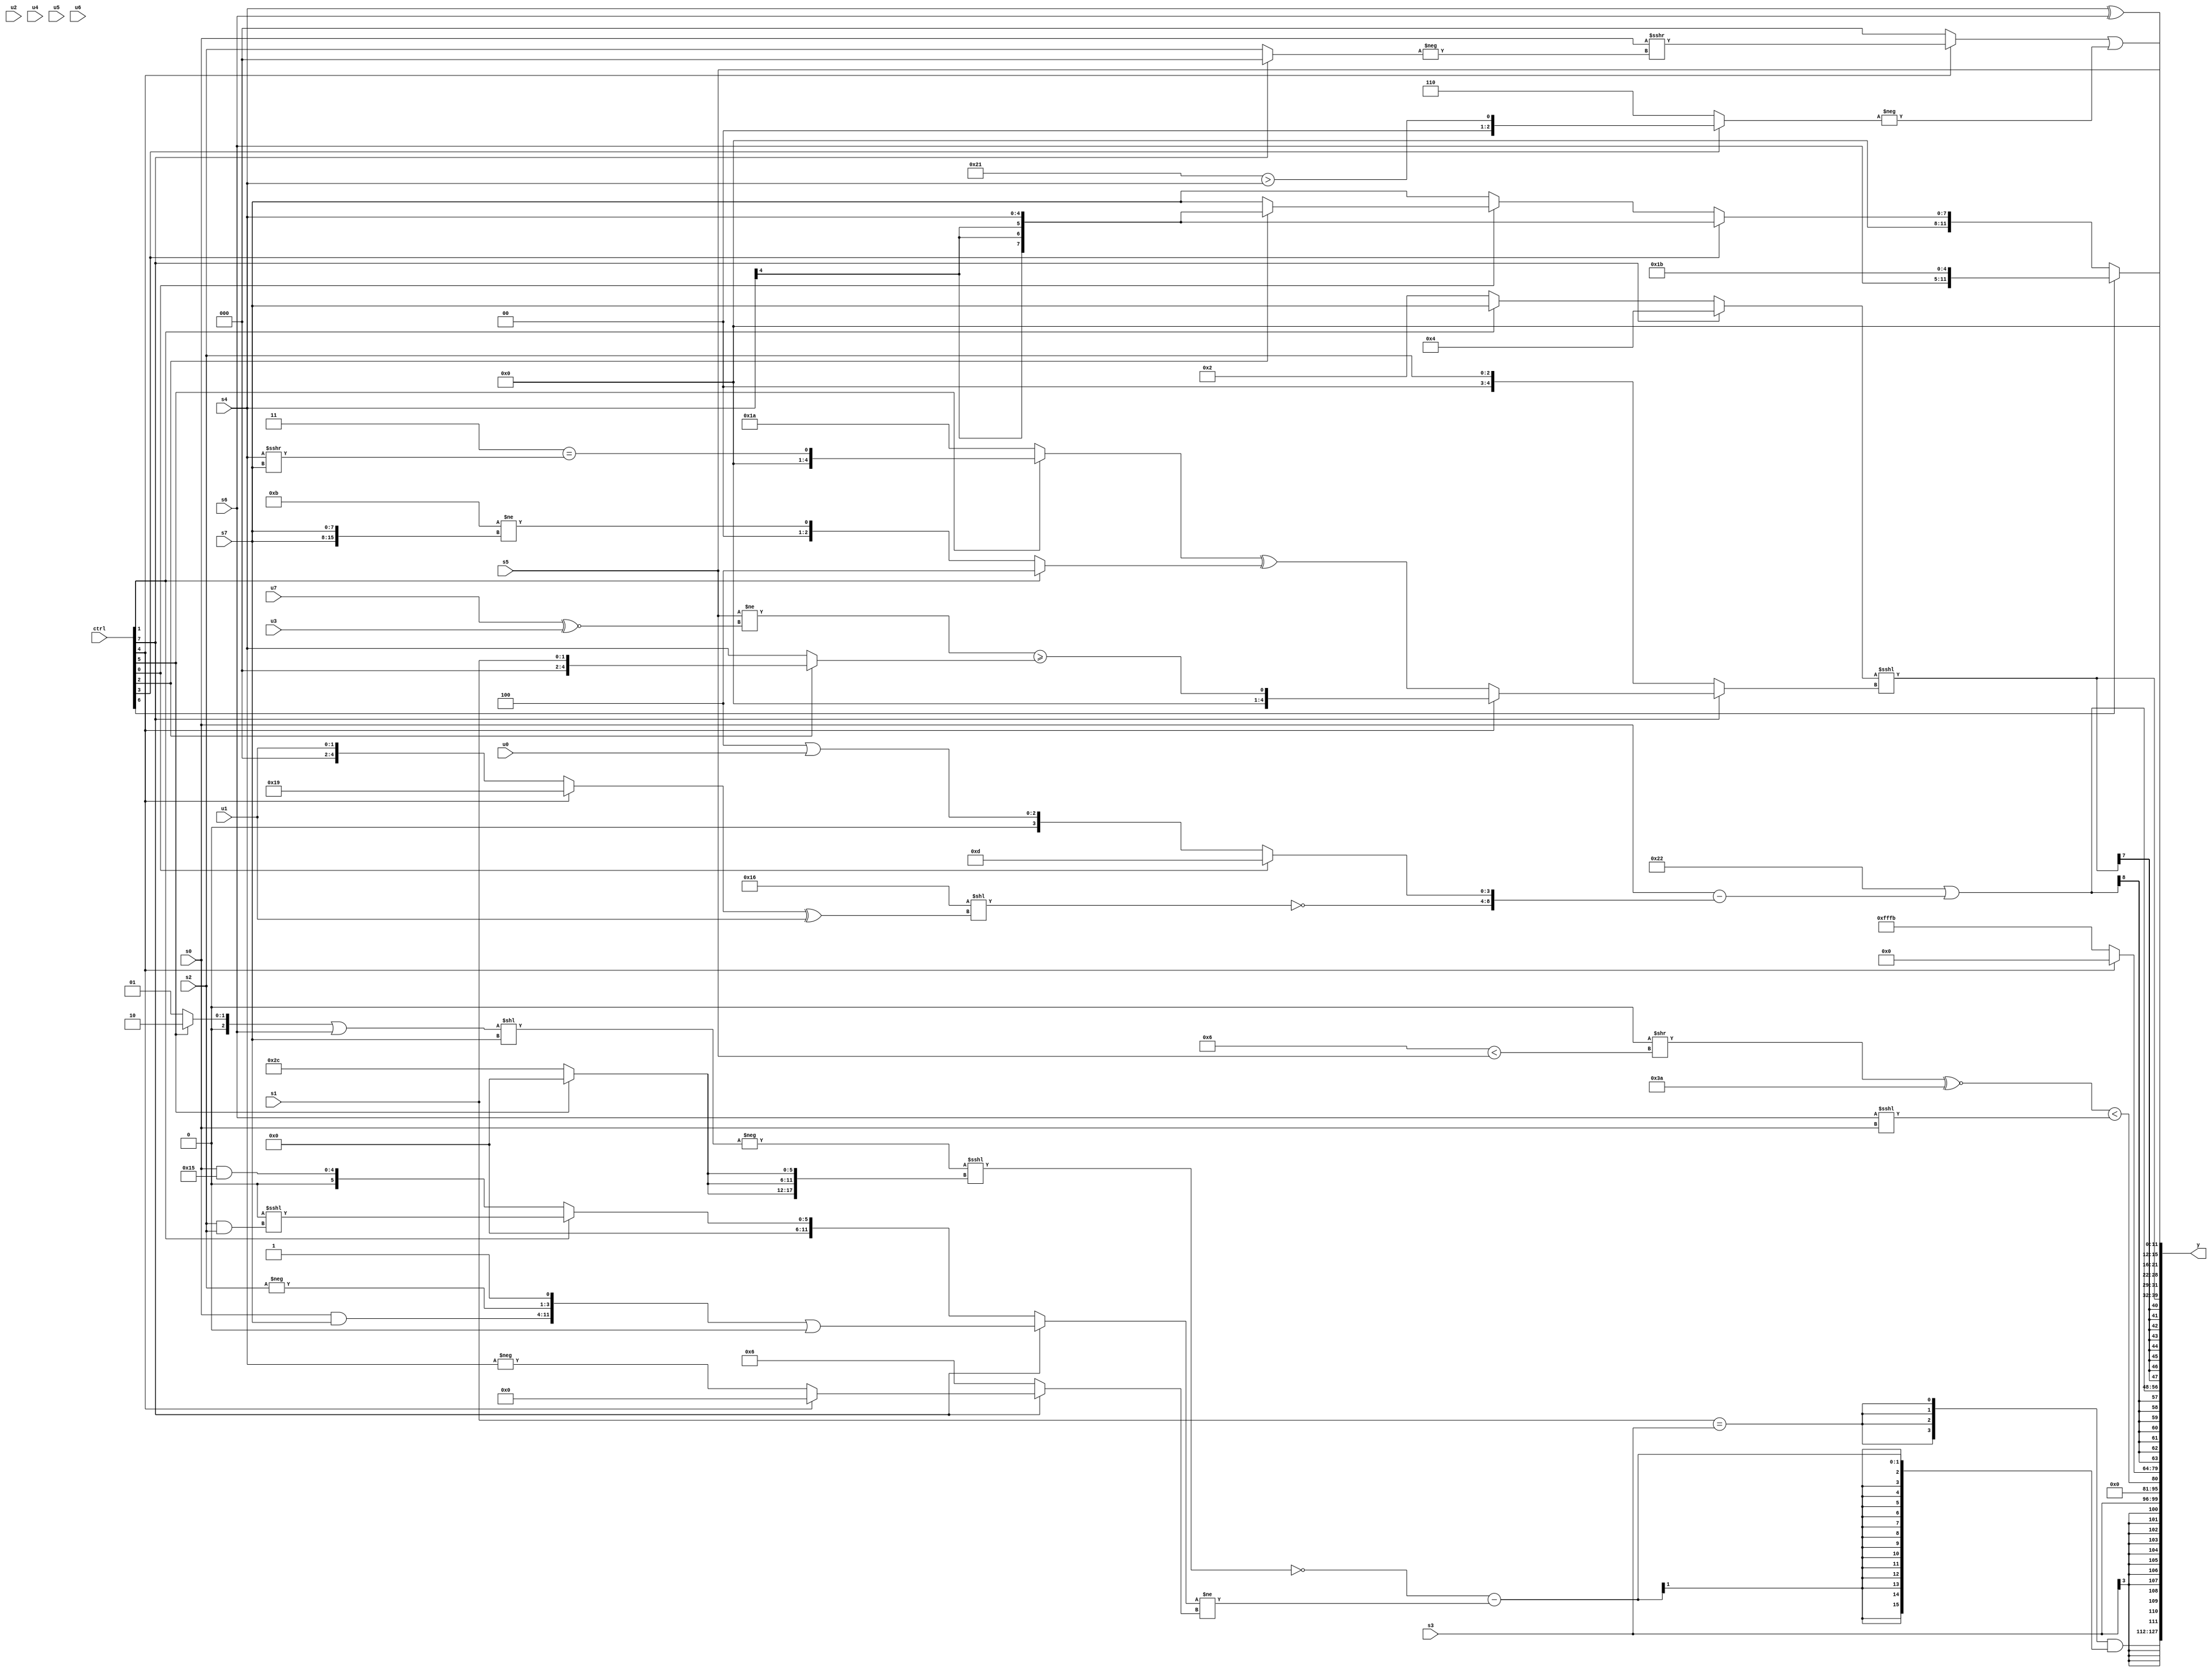
module wideexpr_00248(ctrl, u0, u1, u2, u3, u4, u5, u6, u7, s0, s1, s2, s3, s4, s5, s6, s7, y);
  input [7:0] ctrl;
  input [0:0] u0;
  input [1:0] u1;
  input [2:0] u2;
  input [3:0] u3;
  input [4:0] u4;
  input [5:0] u5;
  input [6:0] u6;
  input [7:0] u7;
  input signed [0:0] s0;
  input signed [1:0] s1;
  input signed [2:0] s2;
  input signed [3:0] s3;
  input signed [4:0] s4;
  input signed [5:0] s5;
  input signed [6:0] s6;
  input signed [7:0] s7;
  output [127:0] y;
  wire [15:0] y0;
  wire [15:0] y1;
  wire [15:0] y2;
  wire [15:0] y3;
  wire [15:0] y4;
  wire [15:0] y5;
  wire [15:0] y6;
  wire [15:0] y7;
  assign y = {y0,y1,y2,y3,y4,y5,y6,y7};
  assign y0 = ({4{($signed(s1))==($signed(s3))}})&((!((-((((ctrl[5]?6'sb000010:3'sb001))|((s6)<<(6'sb000000)))<<(s7)))<<<({1{{3{(ctrl[5]?(s3)>>(4'b0111):6'sb101100)}}}})))-(((ctrl[7]?$unsigned(({(s0)&(s7),-(s2),1'sb1})|(~|((2'sb10)^~(5'sb11110)))):$unsigned((ctrl[1]?(1'sb0)<<<((s2)&(s2)):$signed((s0)&(6'b010101))))))!=((ctrl[7]?{(ctrl[4]?(s1)<<(5'sb11101):-(s4))}:3'b110))));
  assign y1 = s3;
  assign y2 = (((+(((s5)<<(s4))<<(6'sb101100)))>>((4'sb0110)<(s5)))^~((6'sb011101)<<<(1'b1)))<((s6)<<<(s0));
  assign y3 = (ctrl[4]?(2'sb00)<<<(5'sb01010):$signed(4'sb1011));
  assign y4 = (6'sb100010)|($signed((s0)-($signed({~((5'sb10110)<<(((ctrl[4]?5'b11001:u1))^(u1))),{(ctrl[0]?4'sb1101:+((4'sb0100)|(u0)))}}))));
  assign y5 = $signed(((ctrl[7]?(3'sb011)+((ctrl[6]?6'sb000001:+($unsigned(|(2'sb10))))):(ctrl[1]?s7:3'sb010)))<<<((ctrl[7]?(ctrl[4]?{(($signed(s5))!=((u7)^~(u3)))>=((ctrl[2]?s1:{s4}))}:((ctrl[5]?(3'b011)==((s4)>>>(s7)):5'b11010))^((ctrl[1]?3'b100:({6'b001011})!=({s7,s7})))):s2)));
  assign y6 = {s4,5'b11001,($signed((ctrl[4]?(s0)>>>(-((ctrl[7]?2'sb00:s2))):((s4)>>(5'b11001))>>(2'sb10))))|($signed({3{-((ctrl[3]?(6'sb100001)>(s4):6'b101110))}})),{$signed((s4)^($signed(s6))),s5}};
  assign y7 = (ctrl[6]?{s6,5'b11011}:{(ctrl[3]?s4:(ctrl[0]?+((ctrl[2]?s4:s7)):s7))});
endmodule